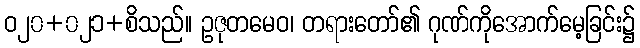
ဝ၂၀+၀၂၁+စိသည်။ ဥဇုတမေဝ၊ တရားတော်၏ ဂုဏ်ကိုအောက်မေ့ခြင်း၌